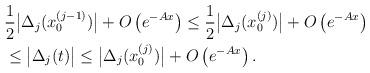
LaTeX: \begin{align*}&\frac{1}{2} \bigl|\Delta_j(x^{(j-1)}_0)\bigr|+O\left(e^{-Ax}\right)\leq \frac{1}{2} \bigl|\Delta_j(x^{(j)}_0)\bigr|+O\left(e^{-Ax}\right) \\ &\leq \bigl|\Delta_j(t)\bigr|\leq \bigl|\Delta_j(x^{(j)}_0)\bigr|+O\left(e^{-Ax}\right).\end{align*}